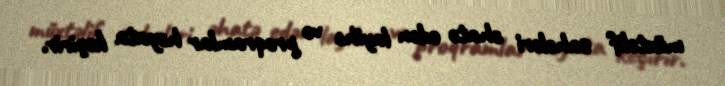
müxtəlif sahələri əhatə edən layihə və proqramlar həyata keçirir.